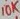
Text: 10K